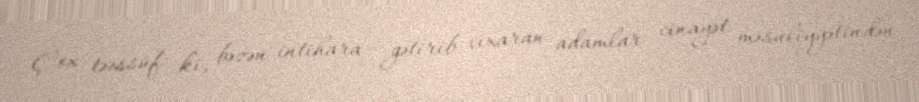
Çox təəssüf ki, bəzən intihara gətirib çıxaran adamlar cinayət məsuliyyətindən